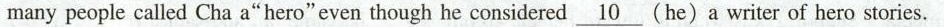
many people called Cha a"hero"even though he considered\underline10(he)a writer of hero stories.